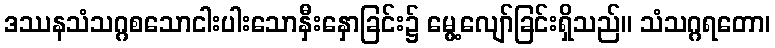
ဒဿနသံသဂ္ဂစသောငါးပါးသောနှီးနှောခြင်း၌ မွေ့လျော်ခြင်းရှိသည်။ သံသဂ္ဂရတော၊